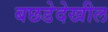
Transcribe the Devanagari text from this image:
बछडेदेखील